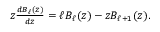
\begin{array} { r } { z \frac { d B _ { \ell } ( z ) } { d z } = \ell B _ { \ell } ( z ) - z B _ { \ell + 1 } ( z ) . } \end{array}